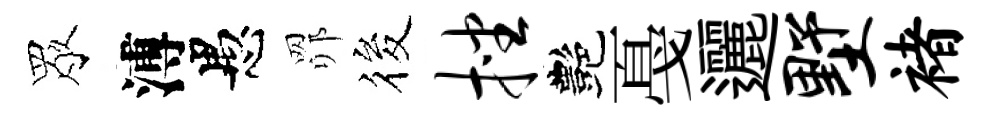
眾溥愚𦊑筱挫艷戞邐墅褚